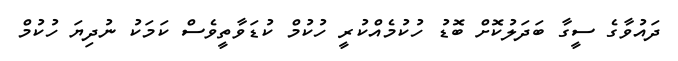
ދައުވާގެ ސީގާ ބަދަލުކޮށް ބޮޑު ހުކުމެއްކުރީ ހުކުމް ކުޑަވާތީވެސް ކަމަކު ނުދިޔަ ހުކުމް